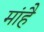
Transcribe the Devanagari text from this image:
मांहै